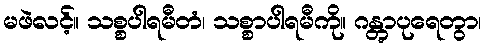
မဖဲလင့်။ သစ္စပါရမီတံ၊ သစ္စာပါရမီကို။ ဂန္တွာပုရေတွာ၊